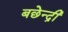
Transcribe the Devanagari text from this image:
बछेन्द्री